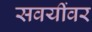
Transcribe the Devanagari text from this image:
सवयींवर